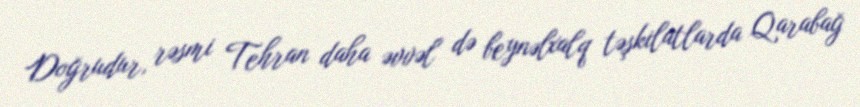
Doğrudur, rəsmi Tehran daha əvvəl də beynəlxalq təşkilatlarda Qarabağ